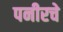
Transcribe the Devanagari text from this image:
पनीरचे